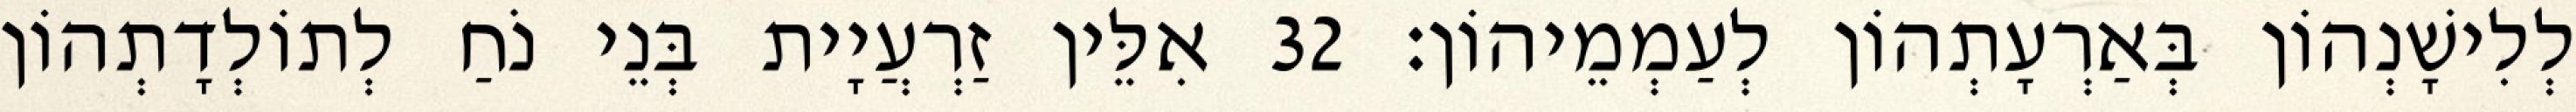
לְלִישָׁנְהוֹן בְּאַרְעָתְהוֹן לְעַמְמֵיהוֹן׃ 32 אִלֵּין זַרְעֲיָית בְּנֵי נֹחַ לְתוֹלְדָתְהוֹן